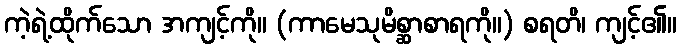
ကဲ့ရဲ့ထိုက်သော အကျင့်ကို။ (ကာမေသုမိစ္ဆာစာရကို။) စရတိ၊ ကျင့်၏။